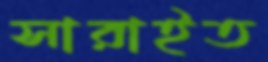
সারাইত